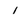
Character: l